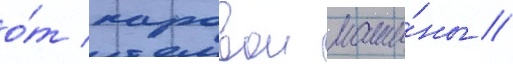
о́т паровои маши́ны //